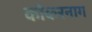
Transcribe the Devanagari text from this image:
कोकरनाग